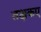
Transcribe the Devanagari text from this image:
तक्षकए